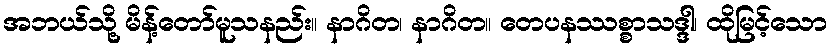
အဘယ်သို့ မိန့်တော်မူသနည်း။ နာဂိတ၊ နာဂိတ။ တေပနဿစ္စာသဒ္ဒါ၊ ထိုမြင့်သော